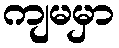
ကျမမှာ